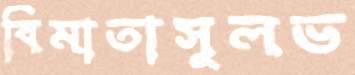
বিমাতাসুলভ